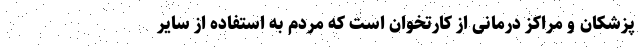
پزشکان و مراکز درمانی از کارتخوان است که مردم به استفاده از سایر